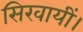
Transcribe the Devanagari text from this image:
सिखायीं।